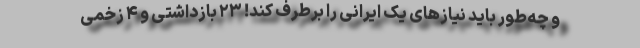
و چه‌طور باید نیازهای یک ایرانی را برطرف کند! ۲۳ بازداشتی و ۴ زخمی